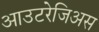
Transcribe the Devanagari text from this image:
आउटरेजिअस